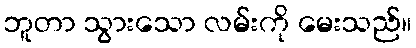
ဘူတာ သွားသော လမ်းကို မေးသည်။